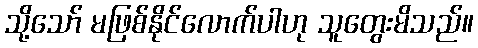
သို့သော် မဖြစ်နိုင်လောက်ပါဟု သူတွေးမိသည်။